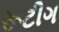
રૂટીગ